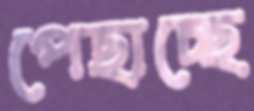
পেছাচ্ছে